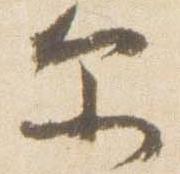
示